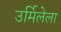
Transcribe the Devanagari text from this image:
उर्मिलेला